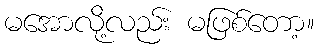
မအောလို့လည်း မဖြစ်တော့။